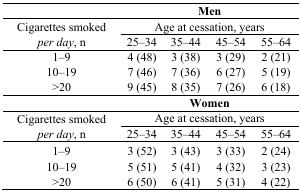
<table><thead><tr><td></td><td colspan="4"><b>Men</b></td></tr></thead><tbody><tr><td rowspan="2">Cigarettes smoked <i>per day</i>, n</td><td colspan="4">Age at cessation, years</td></tr><tr><td>25–34</td><td>35–44</td><td>45–54</td><td>55–64</td></tr><tr><td>1–9</td><td>4 (48)</td><td>3 (38)</td><td>3 (29)</td><td>2 (21)</td></tr><tr><td>10–19</td><td>7 (46)</td><td>7 (36)</td><td>6 (27)</td><td>5 (19)</td></tr><tr><td>&gt;20</td><td>9 (45)</td><td>8 (35)</td><td>7 (26)</td><td>6 (18)</td></tr><tr><td></td><td colspan="4"><b>Women</b></td></tr><tr><td rowspan="2">Cigarettes smoked <i>per day</i>, n</td><td colspan="4">Age at cessation, years</td></tr><tr><td>25–34</td><td>35–44</td><td>45–54</td><td>55–64</td></tr><tr><td>1–9</td><td>3 (52)</td><td>3 (43)</td><td>3 (33)</td><td>2 (24)</td></tr><tr><td>10–19</td><td>5 (51)</td><td>5 (41)</td><td>4 (32)</td><td>3 (23)</td></tr><tr><td>&gt;20</td><td>6 (50)</td><td>6 (41)</td><td>5 (31)</td><td>4 (22)</td></tr></tbody></table>